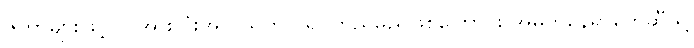
ဇကာများဖြင့် လူအားလုံးအလယ်တွင် ရပ်တည်မည်ဖြစ်ကြောင်း အဓိကနေရာတွေဆီသို့